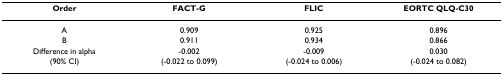
<table><thead><tr><td><b>Order</b></td><td><b>FACT-G</b></td><td><b>FLIC</b></td><td><b>EORTC QLQ-C30</b></td></tr></thead><tbody><tr><td>A</td><td>0.909</td><td>0.925</td><td>0.896</td></tr><tr><td>B</td><td>0.911</td><td>0.934</td><td>0.866</td></tr><tr><td>Difference in alpha</td><td>-0.002</td><td>-0.009</td><td>0.030</td></tr><tr><td>(90% CI)</td><td>(-0.022 to 0.099)</td><td>(-0.024 to 0.006)</td><td>(-0.024 to 0.082)</td></tr></tbody></table>